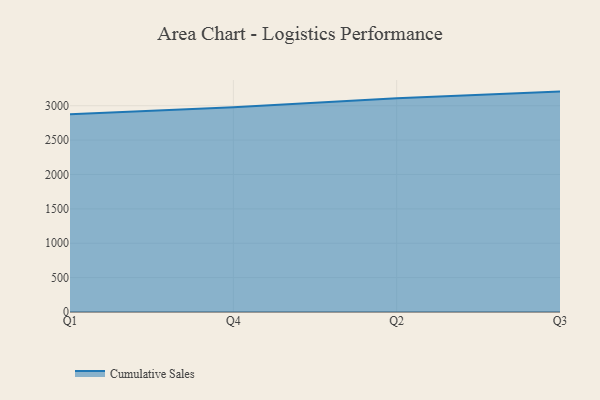
{"axis": {"x": "Quarter", "y": "Humidity (%)"}, "legend": ["Cumulative Sales"], "data": [{"x": "Q1", "y": 2875.3, "type": "Cumulative Sales"}, {"x": "Q4", "y": 2978.6, "type": "Cumulative Sales"}, {"x": "Q2", "y": 3108.0, "type": "Cumulative Sales"}, {"x": "Q3", "y": 3205.2, "type": "Cumulative Sales"}]}